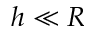
h \ll R